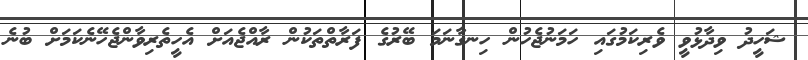
ޝަހީދު ވިދާޅުވީ ވެރިކަމުގައި ހަމަނުޖެހުން ހިނގާނަމަ ބޭރުގެ ފަރާތްތަކުން ރާއްޖެއަށް އެހީތެރިވާންޖެހޭނެކަމަށް ބުނެ